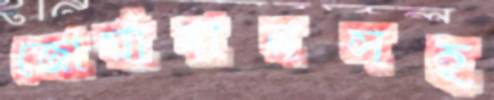
জোর্য়াদারসহ